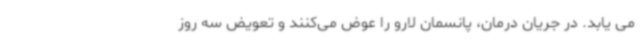
می یابد. در جریان درمان، پانسمان لارو را عوض می‌کنند و تعویض سه روز